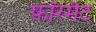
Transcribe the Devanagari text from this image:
फ़ॉरमैट